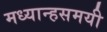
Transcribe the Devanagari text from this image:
मध्यान्हसमयी